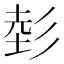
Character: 𱝢